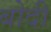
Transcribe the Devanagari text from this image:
बोदी